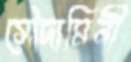
সৌদামিনী